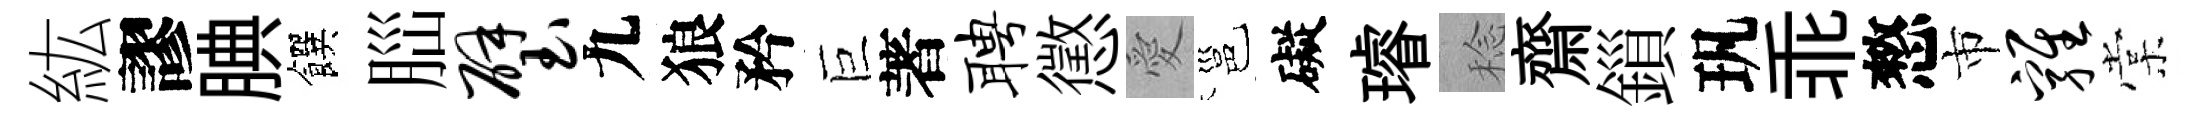
紘謬腆饌𦛁璧九狼矜巨著聘懲愛邕礙璿稔齋鎻㺬乖憗市鸡棠